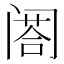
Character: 𨸉